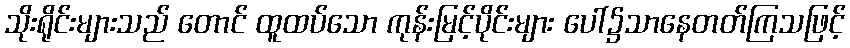
သိုးရိုင်းများသည် တောင် ထူထပ်သော ကုန်းမြင့်ပိုင်းများ ပေါ်၌သာနေတတ်ကြသဖြင့်